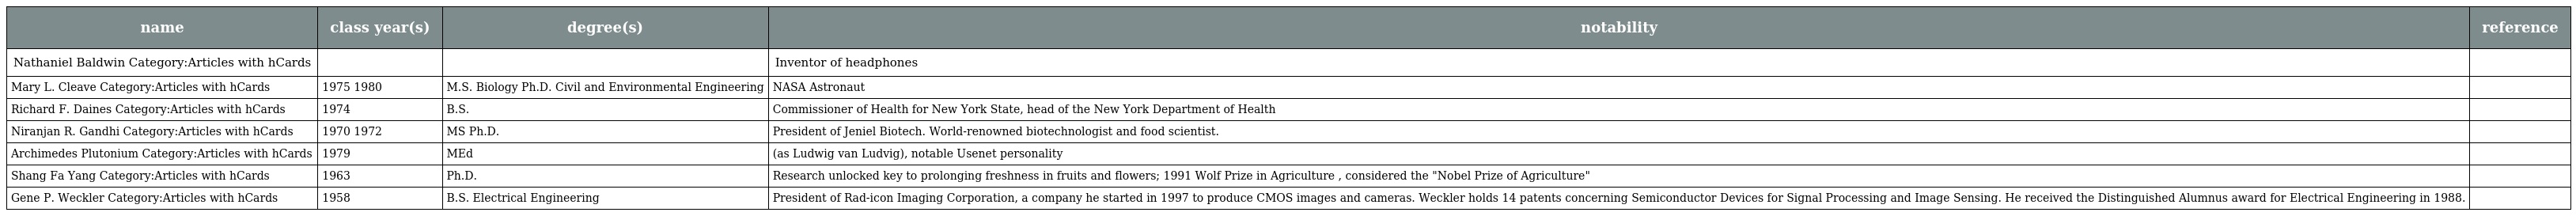
| name | class year(s) | degree(s) | notability | reference |
 | --- | --- | --- | --- | --- |
 | Nathaniel Baldwin Category:Articles with hCards |  |  | Inventor of headphones |  |
 | Mary L. Cleave Category:Articles with hCards | 1975 1980 | M.S. Biology Ph.D. Civil and Environmental Engineering | NASA Astronaut |  |
 | Richard F. Daines Category:Articles with hCards | 1974 | B.S. | Commissioner of Health for New York State, head of the New York Department of Health |  |
 | Niranjan R. Gandhi Category:Articles with hCards | 1970 1972 | MS Ph.D. | President of Jeniel Biotech. World-renowned biotechnologist and food scientist. |  |
 | Archimedes Plutonium Category:Articles with hCards | 1979 | MEd | (as Ludwig van Ludvig), notable Usenet personality |  |
 | Shang Fa Yang Category:Articles with hCards | 1963 | Ph.D. | Research unlocked key to prolonging freshness in fruits and flowers; 1991 Wolf Prize in Agriculture , considered the "Nobel Prize of Agriculture" |  |
 | Gene P. Weckler Category:Articles with hCards | 1958 | B.S. Electrical Engineering | President of Rad-icon Imaging Corporation, a company he started in 1997 to produce CMOS images and cameras. Weckler holds 14 patents concerning Semiconductor Devices for Signal Processing and Image Sensing. He received the Distinguished Alumnus award for Electrical Engineering in 1988. |  |